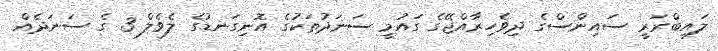
ލައިބްރަރީ ސައިންސްގެ ދިވެހިރާއްޖޭގެ ގައުމީ ސަނަދުތަކުގެ އޮނިގަނޑުގެ ލެވެލް 3 ގެ ސަނަދެއް